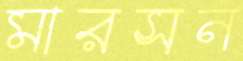
মারসন